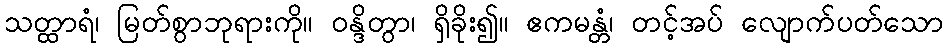
သတ္ထာရံ၊ မြတ်စွာဘုရားကို။ ဝန္ဒိတွာ၊ ရှိခိုး၍။ ဧကမန္တံ၊ တင့်အပ် လျောက်ပတ်သော